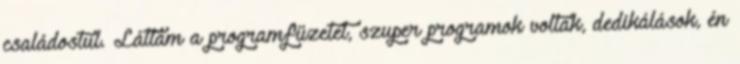
családostul. Láttam a programfüzetet, szuper programok voltak, dedikálások, én